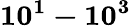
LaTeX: \mathbf{10^{1}-10^{3}}